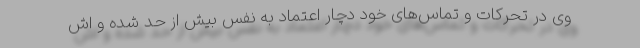
وی در تحرکات و تماس‌های خود دچار اعتماد به نفس بیش از حد شده و اش